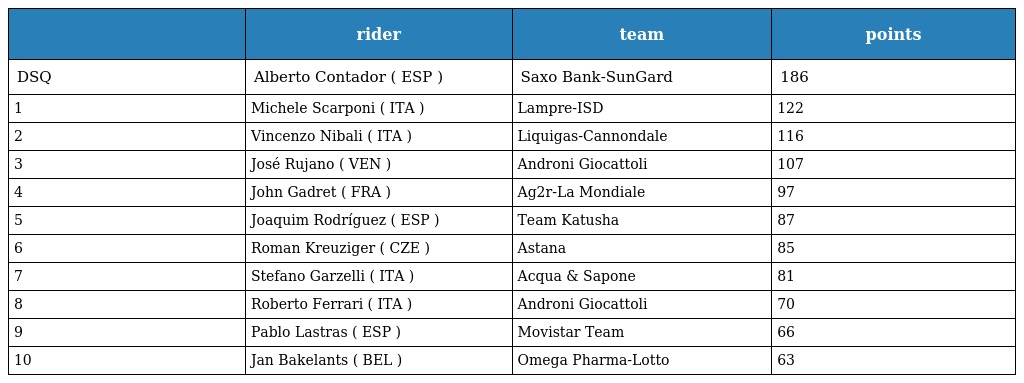
|  | rider | team | points |
 | --- | --- | --- | --- |
 | DSQ | Alberto Contador ( ESP ) | Saxo Bank-SunGard | 186 |
 | 1 | Michele Scarponi ( ITA ) | Lampre-ISD | 122 |
 | 2 | Vincenzo Nibali ( ITA ) | Liquigas-Cannondale | 116 |
 | 3 | José Rujano ( VEN ) | Androni Giocattoli | 107 |
 | 4 | John Gadret ( FRA ) | Ag2r-La Mondiale | 97 |
 | 5 | Joaquim Rodríguez ( ESP ) | Team Katusha | 87 |
 | 6 | Roman Kreuziger ( CZE ) | Astana | 85 |
 | 7 | Stefano Garzelli ( ITA ) | Acqua & Sapone | 81 |
 | 8 | Roberto Ferrari ( ITA ) | Androni Giocattoli | 70 |
 | 9 | Pablo Lastras ( ESP ) | Movistar Team | 66 |
 | 10 | Jan Bakelants ( BEL ) | Omega Pharma-Lotto | 63 |